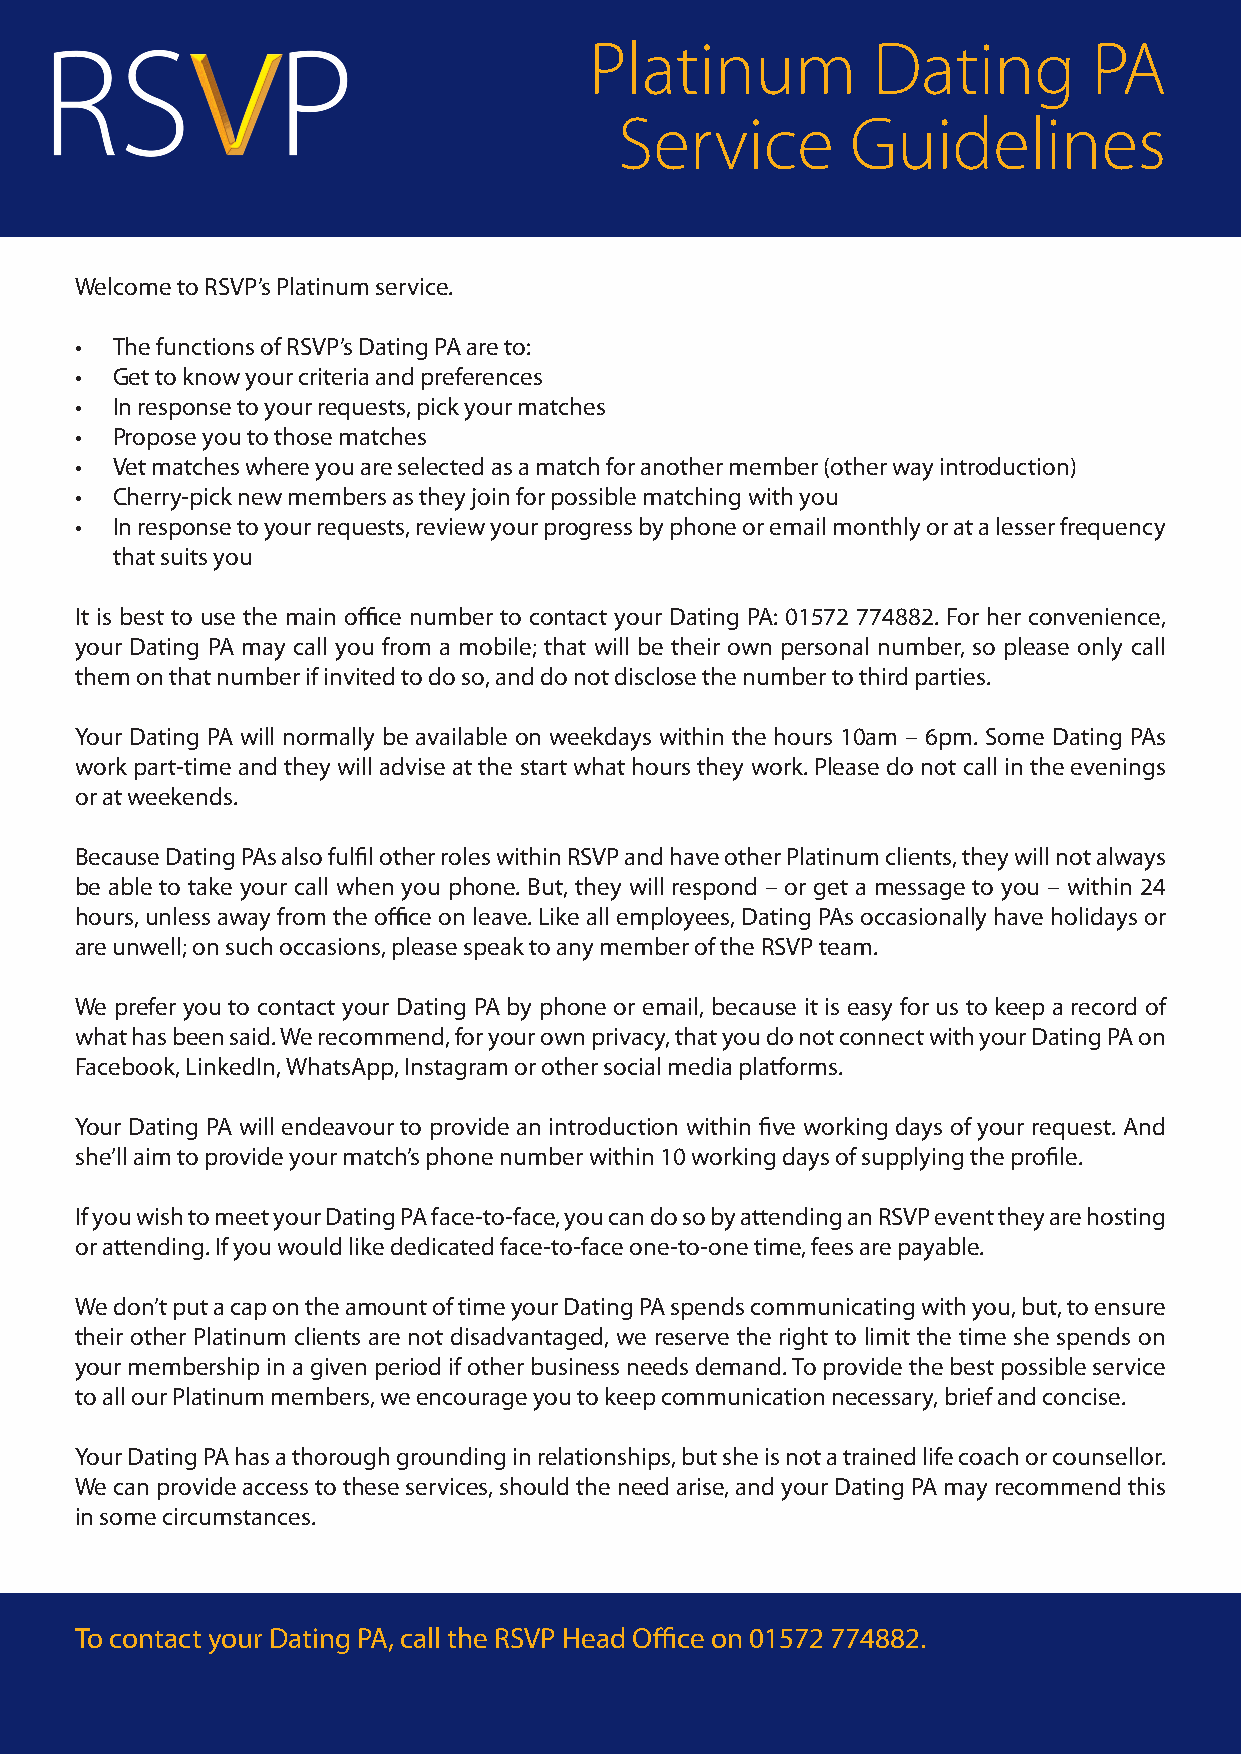
Platinum           Dating        PA
 Service        Guidelines
 Welcome to RSVP’s Platinum service.
 • The functions of RSVP’s Dating PA are to:
 • Get to know your criteria and preferences
 • In response to your requests, pick your matches
 • Propose you to those matches
 • Vet matches where you are selected as a match for another member (other way introduction)
 • Cherry-pick new members as they join for possible matching with you
 • In response to your requests, review your progress by phone or email monthly or at a lesser frequency
 that suits you
 It is best to use the main office number to contact your Dating PA: 01572 774882. For her convenience,
 your Dating PA may call you from a mobile; that will be their own personal number, so please only call
 them on that number if invited to do so, and do not disclose the number to third parties.
 Your Dating PA will normally be available on weekdays within the hours 10am – 6pm. Some Dating PAs
 work part-time and they will advise at the start what hours they work. Please do not call in the evenings
 or at weekends.
 Because Dating PAs also fulfil other roles within RSVP and have other Platinum clients, they will not always
 be able to take your call when you phone. But, they will respond – or get a message to you – within 24
 hours, unless away from the office on leave. Like all employees, Dating PAs occasionally have holidays or
 are unwell; on such occasions, please speak to any member of the RSVP team.
 We prefer you to contact your Dating PA by phone or email, because it is easy for us to keep a record of
 what has been said. We recommend, for your own privacy, that you do not connect with your Dating PA on
 Facebook, LinkedIn, WhatsApp, Instagram or other social media platforms.
 Your Dating PA will endeavour to provide an introduction within five working days of your request. And
 she’ll aim to provide your match’s phone number within 10 working days of supplying the profile.
 If you wish to meet your Dating PA face-to-face, you can do so by attending an RSVP event they are hosting
 or attending. If you would like dedicated face-to-face one-to-one time, fees are payable.
 We don’t put a cap on the amount of time your Dating PA spends communicating with you, but, to ensure
 their other Platinum clients are not disadvantaged, we reserve the right to limit the time she spends on
 your membership in a given period if other business needs demand. To provide the best possible service
 to all our Platinum members, we encourage you to keep communication necessary, brief and concise.
 Your Dating PA has a thorough grounding in relationships, but she is not a trained life coach or counsellor.
 We can provide access to these services, should the need arise, and your Dating PA may recommend this
 in some circumstances.
 To contact your Dating PA, call the RSVP Head Office on 01572 774882.